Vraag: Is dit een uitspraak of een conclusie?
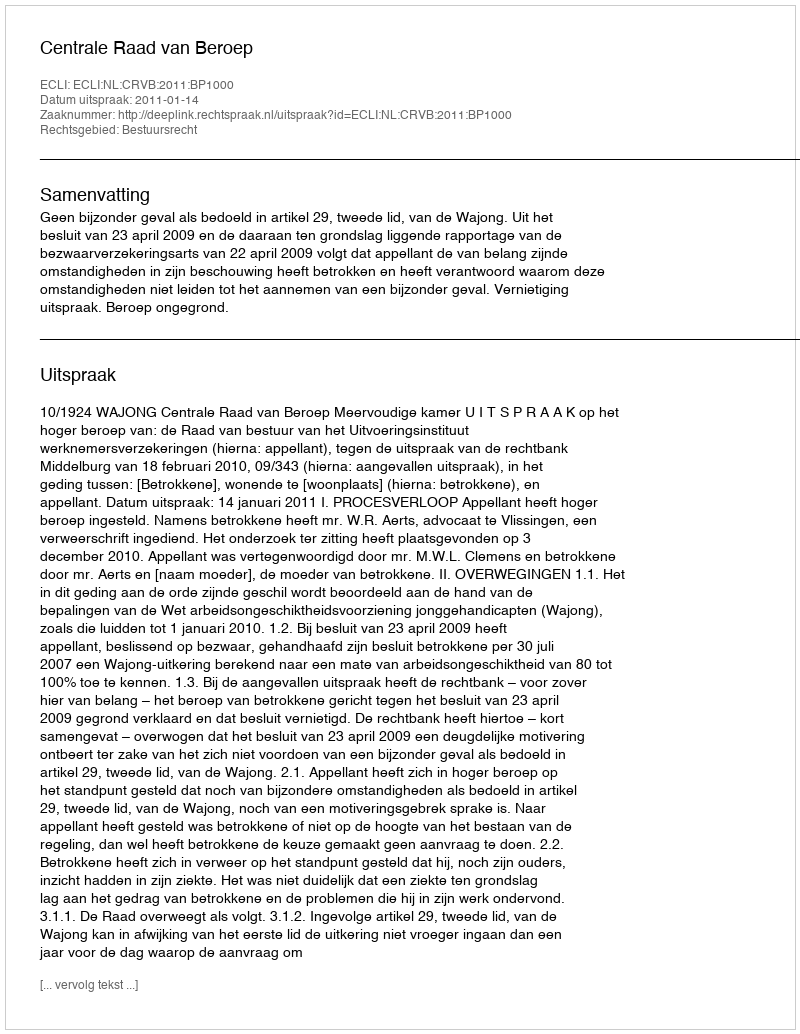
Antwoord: Uitspraak